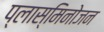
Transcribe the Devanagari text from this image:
प्लास्मिनोजन